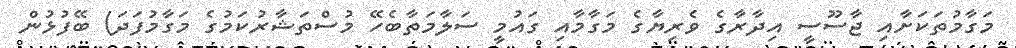
މަގާމުތަކަށާއި ޖާސޫސީ އިދާރާގެ ވެރިޔާގެ މަގާމާއި ގައުމީ ސަލާމަތާބެހޭ މުސްތަޝާރުކަމުގެ މަގާމުފަދަ) ބޭފުޅުން